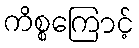
ကိစ္စကြောင့်